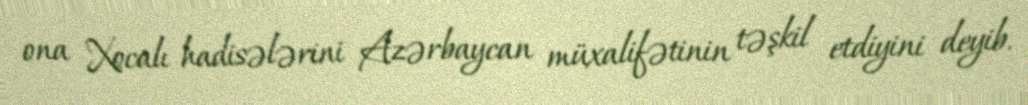
ona Xocalı hadisələrini Azərbaycan müxalifətinin təşkil etdiyini deyib.